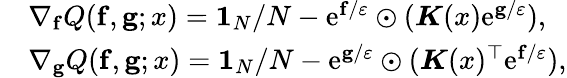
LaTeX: \begin{array}{rl}&{\nabla_{\mathbf f}Q({\mathbf f},{\mathbf g};x)={\mathbf 1}_{N}/N-\mathrm{e}^{{\mathbf f}/\varepsilon}\odot({\boldsymbol K}(x)\mathrm{e}^{{\mathbf g}/\varepsilon}),}\\ &{\nabla_{\mathbf g}Q({\mathbf f},{\mathbf g};x)={\mathbf 1}_{N}/N-\mathrm{e}^{{\mathbf g}/\varepsilon}\odot({\boldsymbol K}(x)^{\top}\mathrm{e}^{{\mathbf f}/\varepsilon}),}\end{array}